Annual statistical returns and brief notes on vaccination in Bengal - 1909-1929
Year: 1909
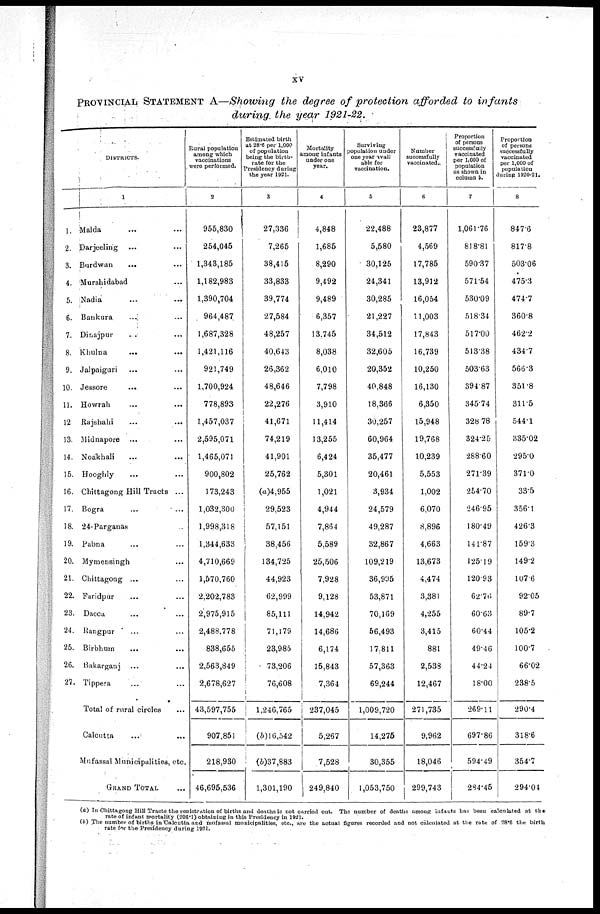
xv
PROVINCIAL STATEMENT A—Showing the degree of protection afforded to infants
during the year 1921-22.
DISTRICTS.
1
1.
2.
3.
4.
5.
6.
7.
8.
9.
10.
11.
12
13.
14.
15.
16.
17.
18.
19.
20.
21.
22.
23.
24.
25.
26.
27.
Malda ... ...
Darjeeling ... ...
Burdwan
... ...
Murshidabad ...
Nadia ... ...
Bankura ... ...
Dinajpur ... ...
Khulna
...
...
Jalpaiguri ...
Jessore
... ...
Howrah ... ...
Rajshahi ... ...
Midnapore ... ...
Noakhali ... ...
Hooghly ... ...
Chittagong Hill Tracts ...
Bogra ... ...
24-Parganas ...
Pabna ... ...
Mymensingh ...
Chittagong ... ...
Faridpur ... ...
Dacca ... ...
Rangpur ... ...
Birbhum ... ...
Bakarganj ... ...
Tippera ... ...
Total of rural circles ...
Calcutta ... ...
Mufassal Municipalities, etc.
GRAND TOTAL ...
Rural population
among which
vaccinations
were performed.
2
955,830
254,045
1,343,185
1,182,983
1,390,704
964,487
1,687,328
1,421,116
921,749
1,700,924
778,893
1,457,037
2,595,071
1,465,071
900,802
173,243
1,032,300
1,998,318
1,344,633
4,710,669
1,570,760
2,202,783
2,975,915
2,488,778
838,655
2,563,849
2,678,627
43,597,755
907,851
218,930
46,695,536
Estimated birth
at 28.6 per 1,000
of population
being the birth-
rate for the
Presidency during
the year 1921.
3
27,336
7,265
38,415
33,833
39,774
27,584
48,257
40,643
26,362
48,646
22,276
41,671
74,219
41,901
25,762
(a)4,955
29,523
57,151
38,456
134,725
44,923
62,999
85,111
71,179
23,985
73,206
76,608
1,246,765
(b)6,542
(b)37,883
1,301,190
Mortality
among infants
under one
year.
4
4,848
1,685
8,290
9,492
9,489
6,357
13.745
8,038
6,010
7,798
3,910
11,414
13,255
6,424
5,301
1,021
4,944
7,864
5,589
25,506
7,928
9,128
14,942
14,686
6,174
15,843
7,364
237,045
5,267
7,528
249,840
Surviving
population under
one year avail
able for
vaccination.
5
22,488
5,580
30,125
24,341
30,285
21,227
34,512
32,605
20,352
40,848
18,366
30,257
60,964
35,477
20,461
3,934
24,579
49,287
32,867
109,219
36,995
53,871
70,169
56,493
17,811
57,363
69,244
1,009,720
14,275
30,355
1,053,750
Number
successfully
vaccinated.
6
23,877
4,569
17,785
13,912
16,054
11,003
17,843
16,739
10,250
16,130
6,350
15,948
19,768
10,239
5,553
1,002
6,070
8,896
4,663
13,673
4,474
3,381
4,255
3,415
881
2,538
12,467
271,735
9,962
18,046
299,743
Proportion
of persons
successfully
vaccinated
per 1,000 of
population
as shown in
column 5.
7
1,061.76
818.81
590.37
571.54
530.09
518.34
517.00
513.38
503.63
394.87
345.74
328.78
324.25
288.60
271.39
254.70
246.95
180.49
141.87
125.19
120.93
62.76
60.63
60.44
49.46
44.24
18.00
269.11
697.86
594.49
284.45
Proportion
of persons
successfully
vaccinated
per 1,000 of
population
during 1920-21.
8
847.6
817.8
503.06
475.3
474.7
360.8
462.2
434.7
566.3
351.8
311.5
544.1
335.02
295.0
371.0
33.5
356.1
426.3
159.3
149.2
107.6
92.05
89.7
105.2
100.7
66.02
238.5
290.4
318.6
354.7
294.04
(a) In Chittagong Hill Tracts the registration of births and deaths is not carried out. The number of deaths among infants has been calculated at the
rate of infant mortality (206.1) obtaining in this Presidency in 1921.
(b) The number of births in Calcutta and mufassal municipalities, etc., are the actual figures recorded and not calculated at the rate of 28.6 the birth
rate for the Presidency during 1921.